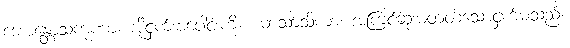
ဘောန္တောသကုဏာ၊ အိုငှက်အပေါင်းကို။ ယာသာသိကာ၊ အကြင်ဆုံးမတတ်သောငှက်မသည်။